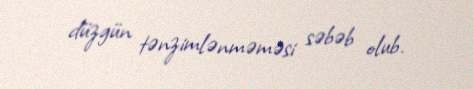
düzgün tənzimlənməməsi səbəb olub.